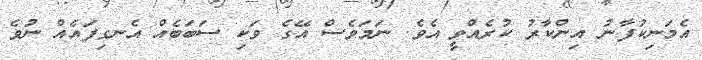
އެމަނިކުފާނު އިންކާރު ކުރެއްވީ އެވެ. ނަމަވެސް އޭގެ ވަކި ސަބަބެއް އެނގިފައެއް ނުވެ